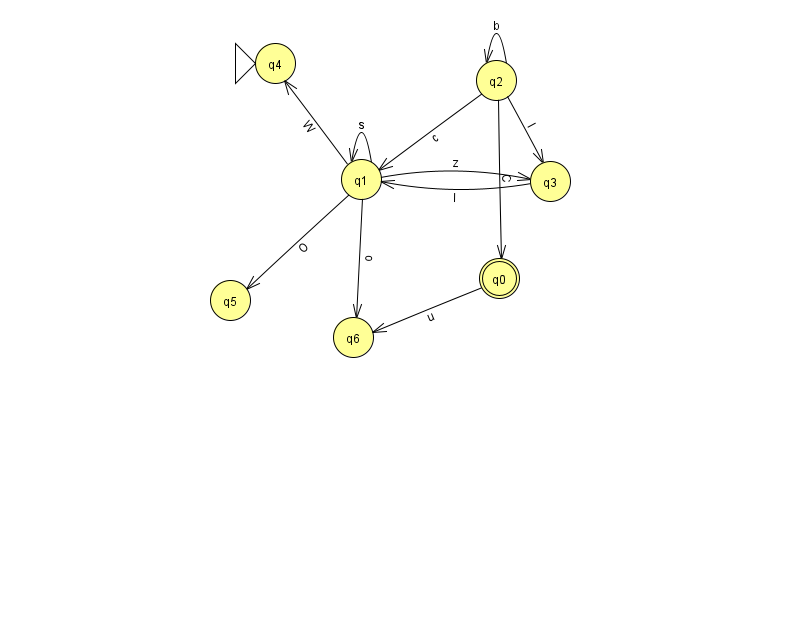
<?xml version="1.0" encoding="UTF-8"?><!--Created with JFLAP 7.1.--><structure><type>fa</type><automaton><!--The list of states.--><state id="0" name="q0"><x>499.0</x><y>265.0</y><final/></state><state id="1" name="q1"><x>361.0</x><y>166.0</y></state><state id="2" name="q2"><x>496.0</x><y>67.0</y></state><state id="3" name="q3"><x>550.0</x><y>168.0</y></state><state id="4" name="q4"><x>275.0</x><y>50.0</y><initial/></state><state id="5" name="q5"><x>230.0</x><y>287.0</y></state><state id="6" name="q6"><x>353.0</x><y>324.0</y></state><!--The list of transitions.--><transition><from>2</from><to>0</to><read>C</read></transition><transition><from>2</from><to>2</to><read>b</read></transition><transition><from>2</from><to>3</to><read>l</read></transition><transition><from>1</from><to>1</to><read>s</read></transition><transition><from>2</from><to>1</to><read>c</read></transition><transition><from>1</from><to>3</to><read>z</read></transition><transition><from>0</from><to>6</to><read>u</read></transition><transition><from>3</from><to>1</to><read>I</read></transition><transition><from>1</from><to>5</to><read>O</read></transition><transition><from>1</from><to>4</to><read>W</read></transition><transition><from>1</from><to>6</to><read>o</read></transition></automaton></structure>